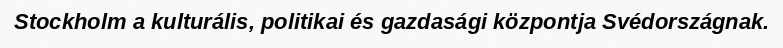
Stockholm a kulturális, politikai és gazdasági központja Svédországnak.